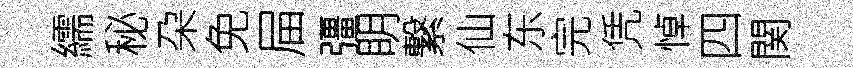
繻秘朶免屇彊眀繋仙东完凭悼四関